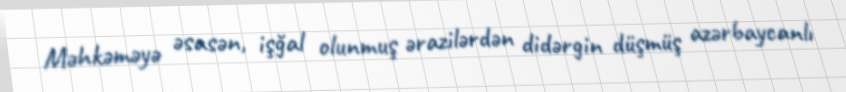
Məhkəməyə əsasən, işğal olunmuş ərazilərdən didərgin düşmüş azərbaycanlı